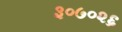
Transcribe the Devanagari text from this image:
३०७०२६